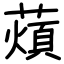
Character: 薠